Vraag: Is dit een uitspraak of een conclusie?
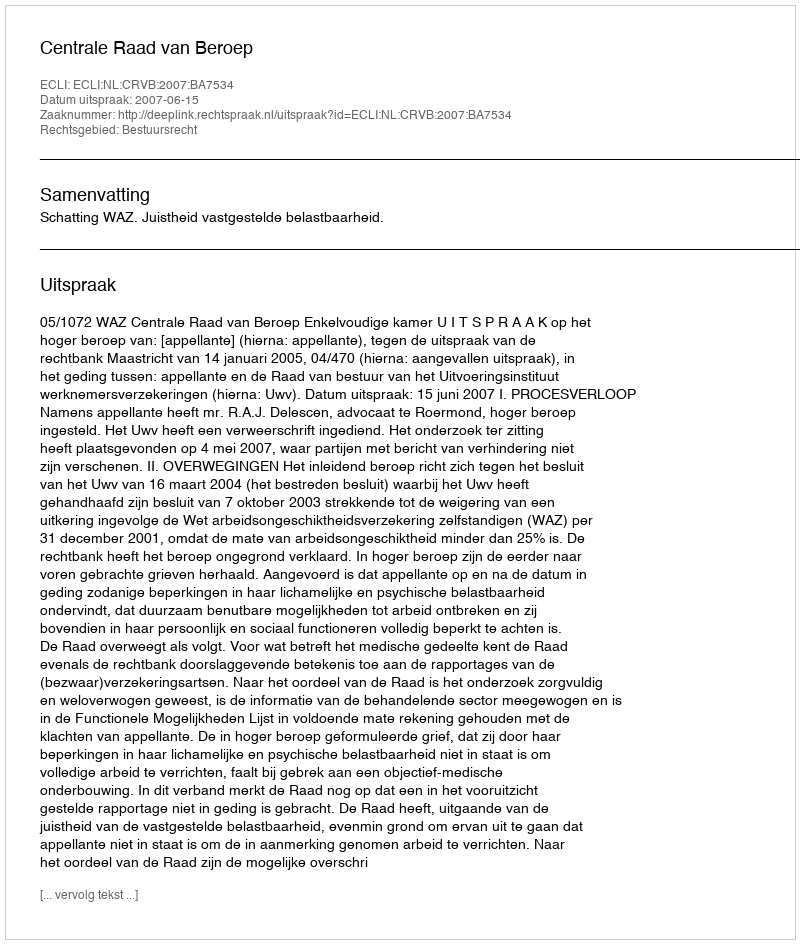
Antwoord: Uitspraak